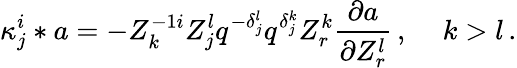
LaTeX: {\kappa}_{j}^{i}\ast a=-Z_{k}^{-1i}Z_{j}^{l}q^{-{\delta}_{j}^{l}}q^{{\delta}_{j}^{k}}Z_{r}^{k}{\frac{\partial a}{\partial{Z_{r}^{l}}}}\, ,\quad\, k>l\, .